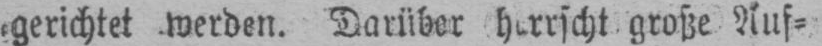
große Auf⸗